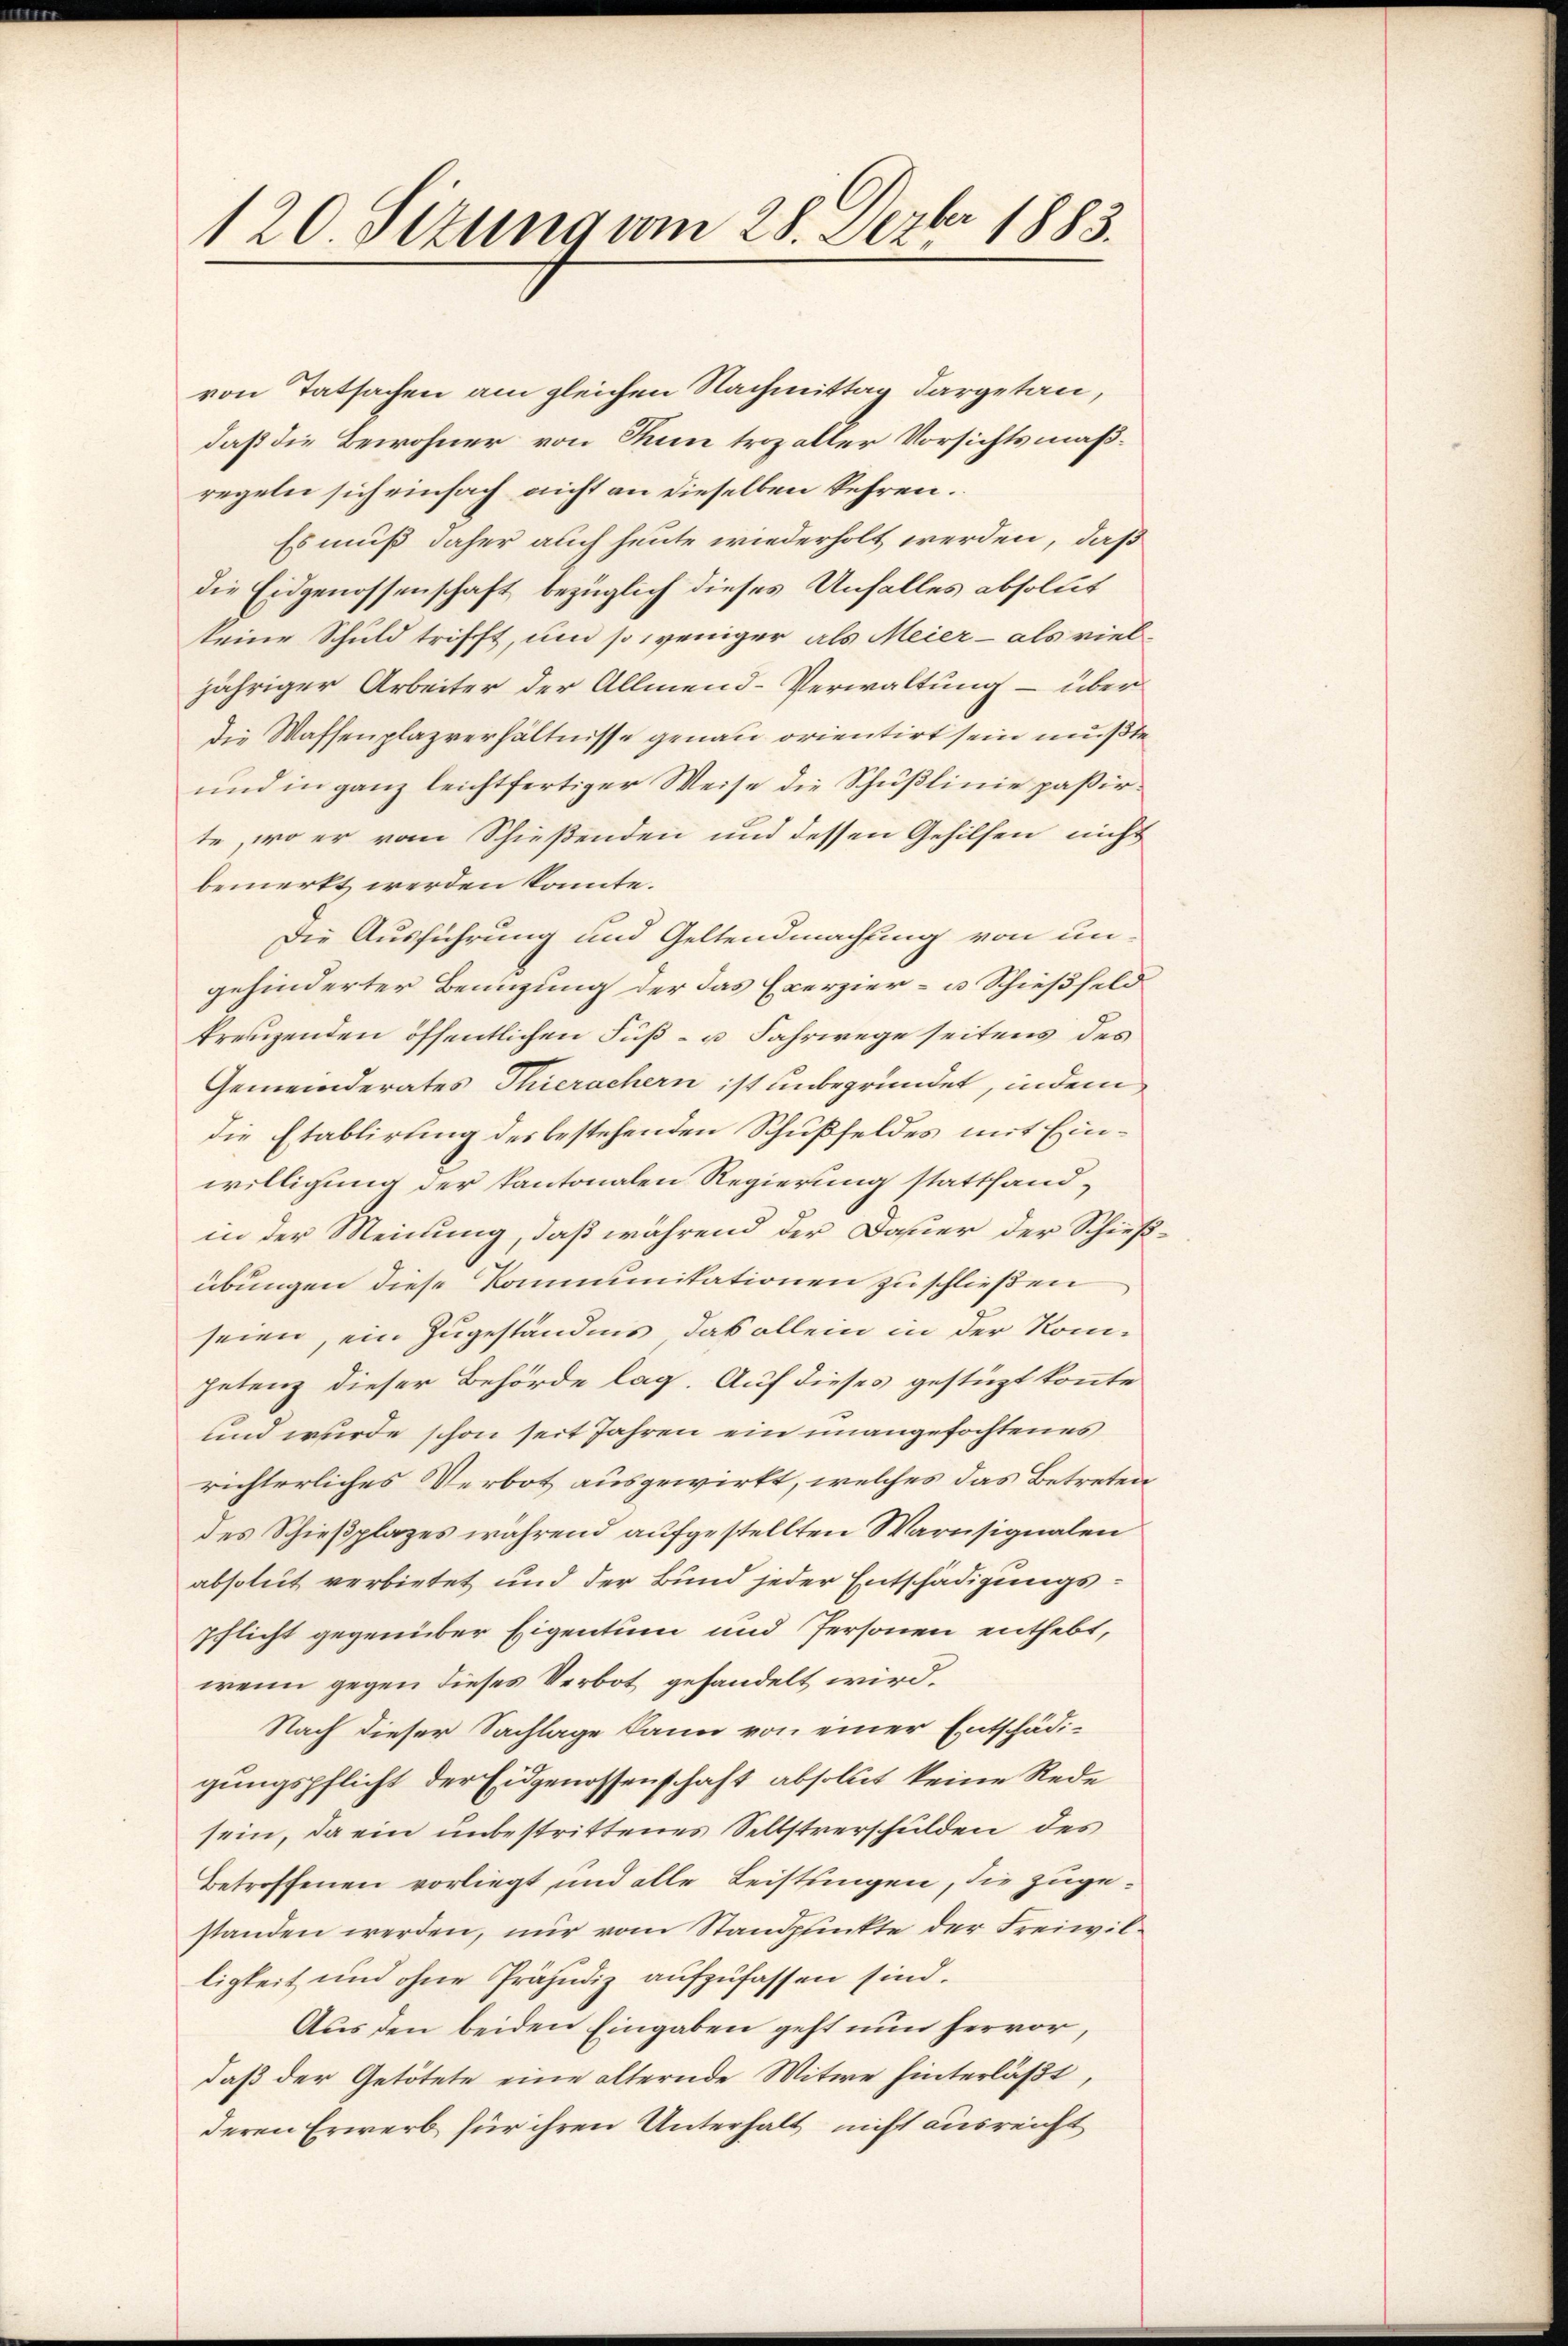
120. Sizung vom 28. Dezbr 1883.

von Tatsachen am gleichen Nachmittag dargetan,
daß die Bewohner von Rum trozaller Vorsichtsmäßregeln sich einfach nicht an dieselben kehren.
Es muß daher auch heute wiederholt werden, daß
die Eidgenossenschaft bezüglich dieses Unfalles absollet
keine Schuld trifft, um so weniger als Meier - als viel-
jähriger Arbeiter der Allmend-Verwaltung - über
die Waffenplazverhältnisse genau orientirt sein mußte
und in ganz leichtfertiger Weise die Schußlinie paßirte, wo er vom Schießenden und dessen Gehilfen nicht
bemerkt werden könnte.
Die Ausführung und Geltendmachtung von un-
gehinderter Benuzung der das Exerzier- u Schießfeld
kreuzenden öffentlichen Fuß- u Fahrwege seitens des
Gemeinderates Thierachern ist unbegründet, indem
die Etablirung des bestehenden Schußfeldes mit Einwilligung der kantonalen Regierung statthandin der Meinung, daß während der Dauer der Schießübungen diese Kommunitationen zu schließen
seien, ein Zugeständnis, das allein in der Komhetenz dieser Behörde lag. Auf dieses gestüzt konnte
und wurde schon seit Jahren ein unangefochtenes
richterliches Verbot ausgewirkt, welches das Betreten
des Schießplazes während aufgestellten Warnsignalen
absolut verbietet und der Bund jeder Entschädigungspflicht gegenüber Eigentum und Personen enthebt,
wenn gegen dieses Verbot gehandelt wird.
Nach dieser Sachlage kann von einer Entschädigungspflicht der Eidgenossenschaft absolut keine Rede
sein, da ein unbestrittenes Selbstverschulden des
Betroffenen vorliegt und alle Leistungen, die zugestanden werden, nur vom Standpunkte der Freiwilligkeit und ohne Präjudiz aufzufassen sind.
Aus den beiden Eingaben geht nun hervor,
daß der Getötete eine älternde Witwe hinterläßt,
deren Erwerb für ihren Unterhalt nicht ausreicht